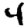
Digit: 4